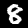
Label: 8